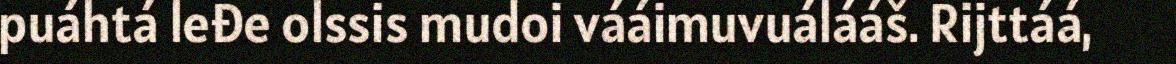
puáhtá leđe olssis mudoi vááimuvuálááš. Rijttáá,